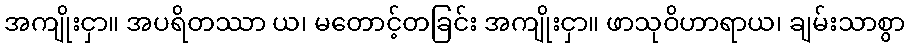
အကျိုးငှာ။ အပရိတဿာ ယ၊ မတောင့်တခြင်း အကျိုးငှာ။ ဖာသုဝိဟာရာယ၊ ချမ်းသာစွာ